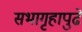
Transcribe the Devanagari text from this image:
सभागृहापुढे